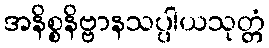
အနိစ္စနိဗ္ဗာနသပ္ပါယသုတ္တံ